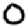
Digit: 0